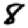
Digit: 8